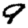
Digit: 9